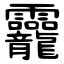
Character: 龗